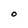
Character: O